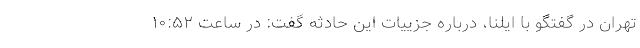
تهران در گفتگو با ایلنا، درباره جزییات این حادثه گفت: در ساعت ۱۰:۵۲